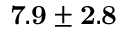
{ \bf 7 . 9 \pm 2 . 8 }